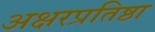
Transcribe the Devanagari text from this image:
अक्षरप्रतिष्ठा